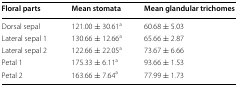
<table><thead><tr><td><b>Floral parts</b></td><td><b>Mean stomata</b></td><td><b>Mean glandular trichomes</b></td></tr></thead><tbody><tr><td>Dorsal sepal</td><td>121.00 ± 30.61<sup>a</sup></td><td>60.68 ± 5.03</td></tr><tr><td>Lateral sepal 1</td><td>130.66 ± 12.66<sup>a</sup></td><td>65.66 ± 2.87</td></tr><tr><td>Lateral sepal 2</td><td>122.66 ± 22.05<sup>a</sup></td><td>73.67 ± 6.66</td></tr><tr><td>Petal 1</td><td>175.33 ± 6.11<sup>a</sup></td><td>93.66 ± 1.53</td></tr><tr><td>Petal 2</td><td>163.66 ± 7.64<sup>a</sup></td><td>77.99 ± 1.73</td></tr></tbody></table>